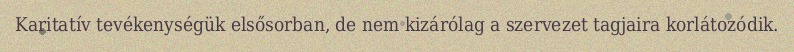
Karitatív tevékenységük elsősorban, de nem kizárólag a szervezet tagjaira korlátozódik.